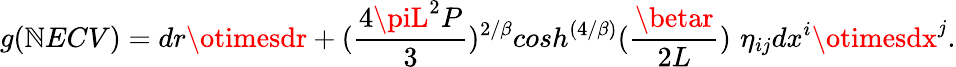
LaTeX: g(\mathbb{N}ECV)=dr\otimesdr+({\frac{{4\piL^{2}P}}{{3}}})^{2/\beta}cosh^{\left({4/\beta}\right)}({\frac{{\betar}}{{2L}}})\, \, \eta_{ij}dx^{i}\otimesdx^{j}.